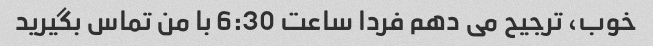
خوب، ترجیح می دهم فردا ساعت 6:30 با من تماس بگیرید